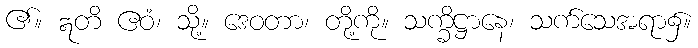
၏။ ဣတိ ဧဝံ၊ သို့။ ဒေဝတာ၊ တို့ကို။ သက္ခိဋ္ဌာနေ၊ သက်သေအရာ၌။